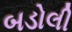
બડોલી